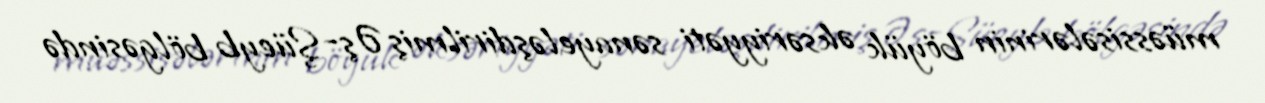
müəssisələrinin böyük əksəriyyəti sənayeləşdirilmiş Əş-Şüeyb bölgəsində